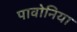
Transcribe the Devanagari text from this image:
पावोनिया